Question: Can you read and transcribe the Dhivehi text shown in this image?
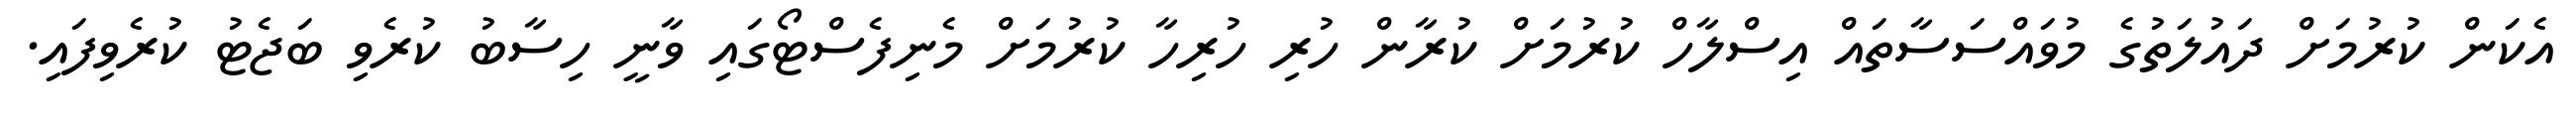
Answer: އެކަން ކުރުމަށް ދައުލަތުގެ މުވައްސަސާތައް އިސްލާހް ކުރުމަށް ކުރާން ހުރި ހުރިހާ ކުރުމަށް މެނިފެސްޓޯގައި ވާނީ ހިސާބު ކުރެވި ބަޖެޓު ކުރެވިފައި.